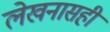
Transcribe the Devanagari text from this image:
लेखनासही